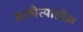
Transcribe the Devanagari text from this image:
साहीत्यातील